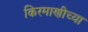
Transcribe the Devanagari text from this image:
किरमाणीच्या